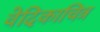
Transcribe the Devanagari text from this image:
वेदिकाचित्र